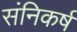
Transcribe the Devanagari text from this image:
संनिकर्ष